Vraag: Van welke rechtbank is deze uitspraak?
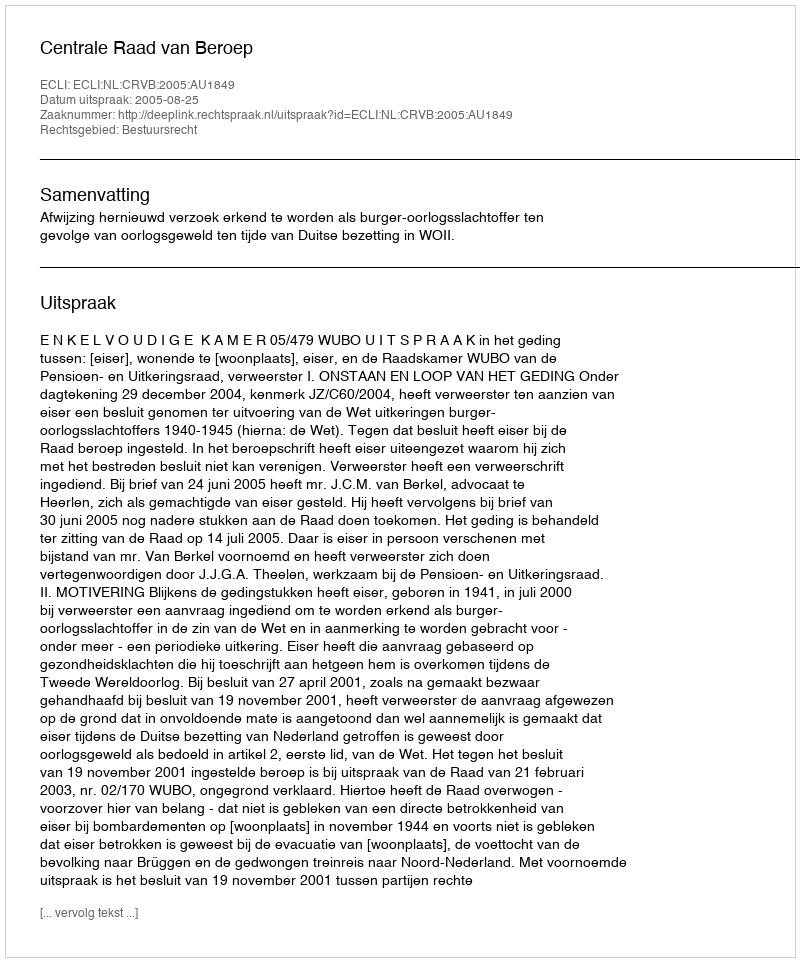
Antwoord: Centrale Raad van Beroep